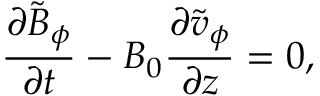
\frac { \partial \tilde { B } _ { \phi } } { \partial t } - B _ { 0 } \frac { \partial \tilde { v } _ { \phi } } { \partial z } = 0 ,